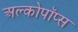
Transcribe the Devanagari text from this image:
अल्कोपॉप्स